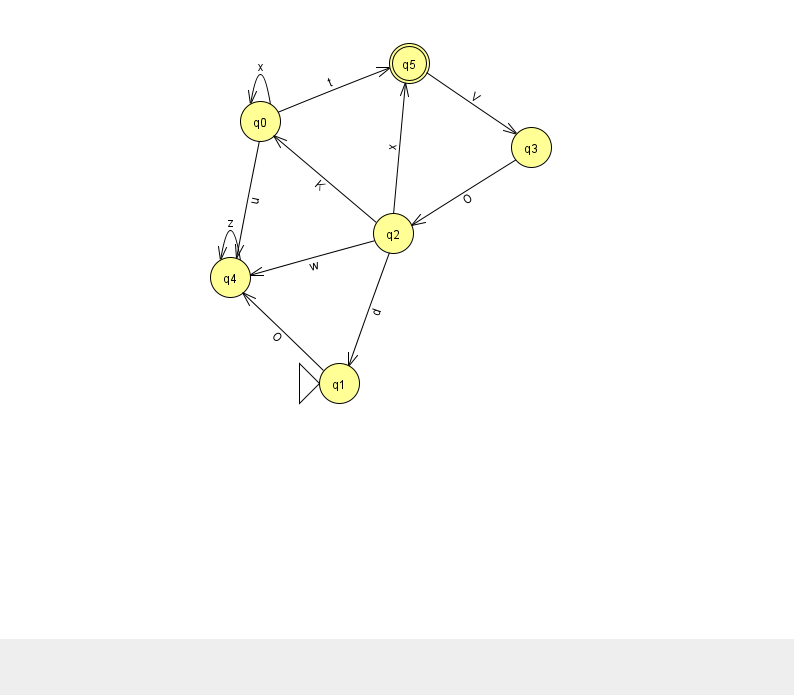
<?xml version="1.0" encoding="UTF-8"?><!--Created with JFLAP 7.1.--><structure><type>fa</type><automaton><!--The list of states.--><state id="0" name="q0"><x>260.0</x><y>108.0</y></state><state id="1" name="q1"><x>339.0</x><y>370.0</y><initial/></state><state id="2" name="q2"><x>393.0</x><y>220.0</y></state><state id="3" name="q3"><x>531.0</x><y>134.0</y></state><state id="4" name="q4"><x>230.0</x><y>264.0</y></state><state id="5" name="q5"><x>409.0</x><y>50.0</y><final/></state><!--The list of transitions.--><transition><from>1</from><to>4</to><read>O</read></transition><transition><from>3</from><to>2</to><read>O</read></transition><transition><from>2</from><to>0</to><read>K</read></transition><transition><from>2</from><to>4</to><read>w</read></transition><transition><from>0</from><to>0</to><read>x</read></transition><transition><from>0</from><to>4</to><read>u</read></transition><transition><from>2</from><to>1</to><read>d</read></transition><transition><from>4</from><to>4</to><read>z</read></transition><transition><from>0</from><to>5</to><read>t</read></transition><transition><from>2</from><to>5</to><read>x</read></transition><transition><from>5</from><to>3</to><read>V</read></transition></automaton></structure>